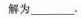
解为___.